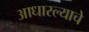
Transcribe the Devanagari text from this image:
आधारल्याचे